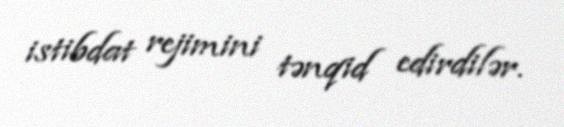
istibdat rejimini tənqid edirdilər.